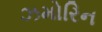
ઝમોરિન